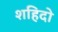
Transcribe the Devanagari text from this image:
शहिदो